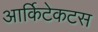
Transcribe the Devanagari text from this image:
आर्किटेकटस